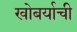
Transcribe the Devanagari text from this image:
खोबर्याची